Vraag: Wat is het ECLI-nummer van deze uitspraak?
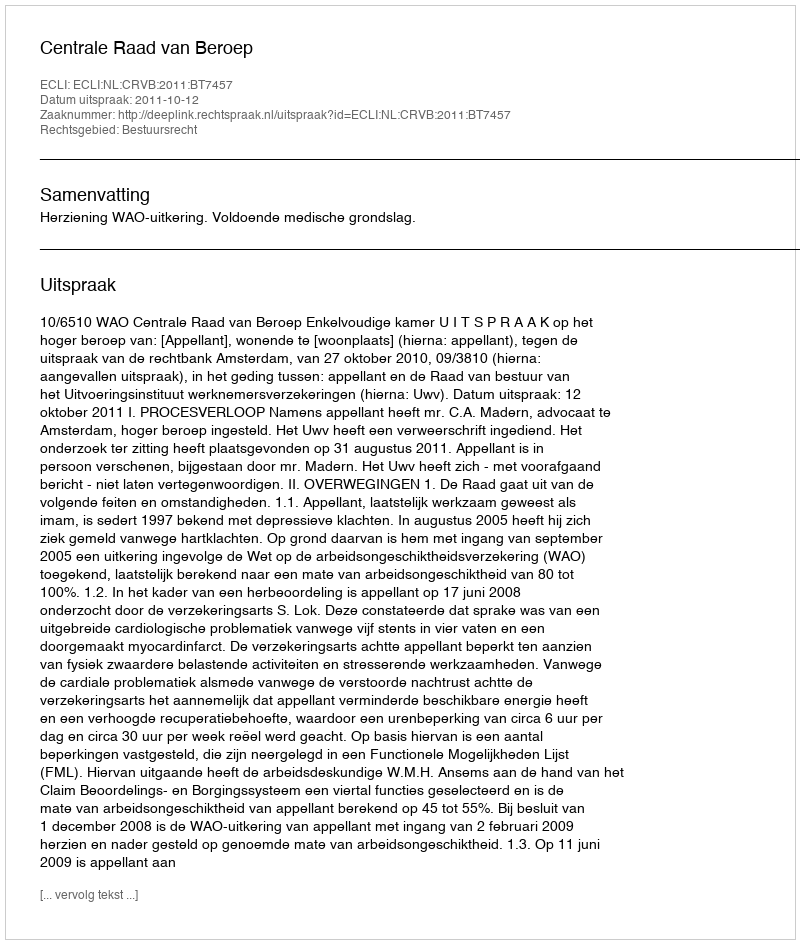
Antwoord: ECLI:NL:CRVB:2011:BT7457